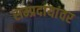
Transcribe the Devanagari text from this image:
सम्प्रदायांवर